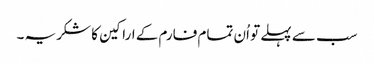
سب سے پہلے تو اُن تمام فارم کے اراکین کا شکریہ ۔